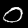
Digit: 0